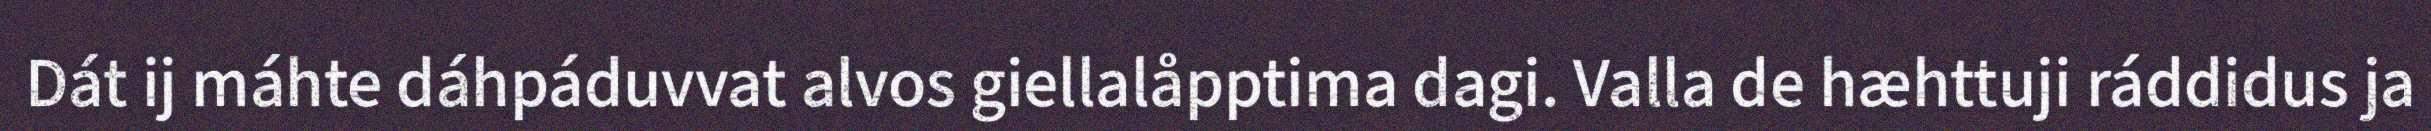
Dát ij máhte dáhpáduvvat alvos giellalåpptima dagi. Valla de hæhttuji ráddidus ja